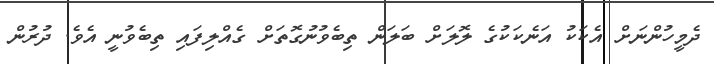
ދެމީހުންނަށް އެކަކު އަނެކަކުގެ ލޮލަށް ބަލަން ތިބެވުނުގޮތަށް ގެއްލިފައި ތިބެވުނީ އެވެ. ދުރުން